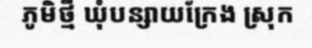
ភូមិថ្មី ឃុំបន្សាយក្រែង ស្រុក